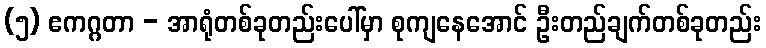
(၅) ဧကဂ္ဂတာ - အာရုံတစ်ခုတည်းပေါ်မှာ စုကျနေအောင် ဦးတည်ချက်တစ်ခုတည်း